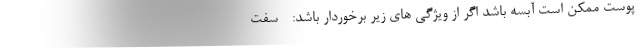
پوست ممکن است آبسه باشد اگر از ویژگی های زیر برخوردار باشد: - سفت